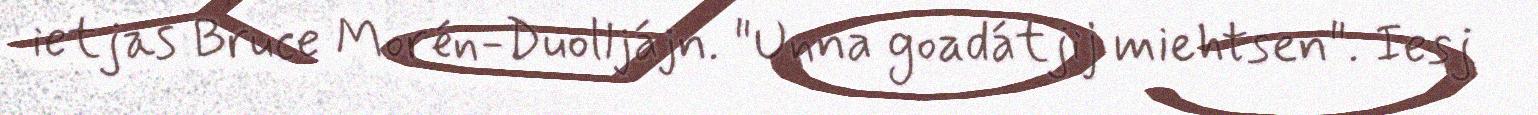
ietjas Bruce Morén-Duolljájn. "Unna goadátjij miehtsen". Iesj